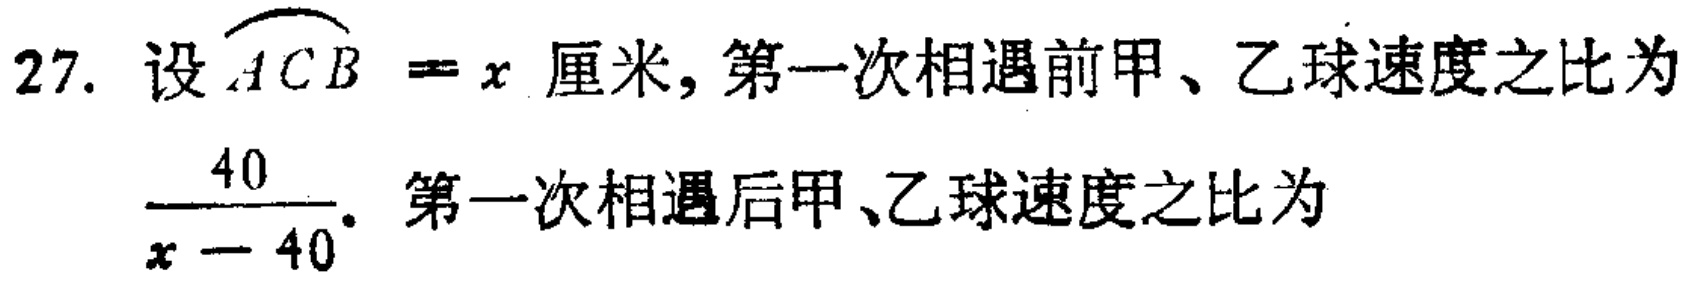
27. 设$\overset{\frown}{ACB} = x$厘米, 第一次相遇前甲、乙球速度之比为$\frac{40}{x - 40}$. 第一次相遇后甲、乙球速度之比为